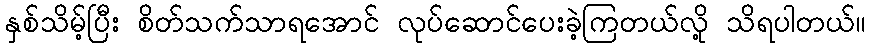
နှစ်သိမ့်ပြီး စိတ်သက်သာရအောင် လုပ်ဆောင်ပေးခဲ့ကြတယ်လို့ သိရပါတယ်။